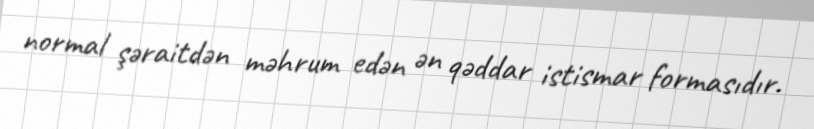
normal şəraitdən məhrum edən ən qəddar istismar formasıdır.